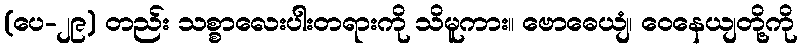
(ပေ-၂၉) တည်း သစ္စာလေးပါးတရားကို သိမူကား။ ဗောဓေယျံ၊ ဝေနေယျတို့ကို